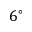
6 ^ { \circ }